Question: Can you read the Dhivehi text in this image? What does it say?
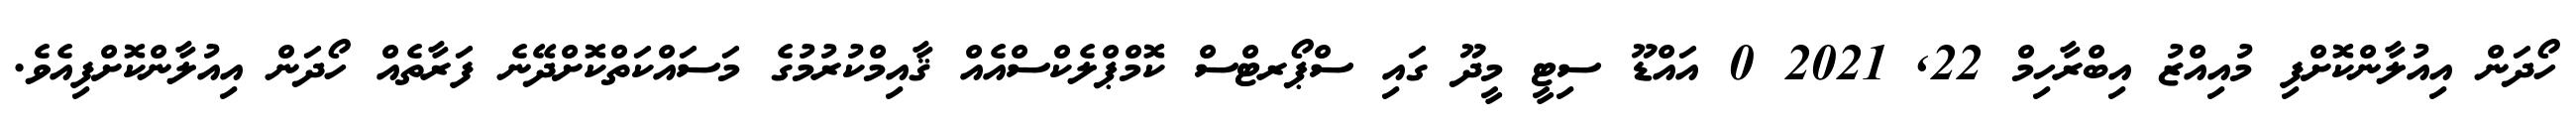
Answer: ހޯދަން އިއުލާންކޮށްފި މުއިއްޒު އިބްރާހިމް 22, 2021 0 އައްޑޫ ސިޓީ މީދޫ ގައި ސްޕޯރޓްސް ކޮމްޕްލެކްސްއެއް ޤާއިމްކުރުމުގެ މަސައްކަތްކޮށްދޭނެ ފަރާތެއް ހޯދަން އިއުލާންކޮށްފިއެވެ.